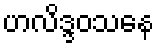
ဟလိဒ္ဒဝသနေ